Civil Veterinary Department. United Provinces 1923-31 - 1923-1931
Year: 1923
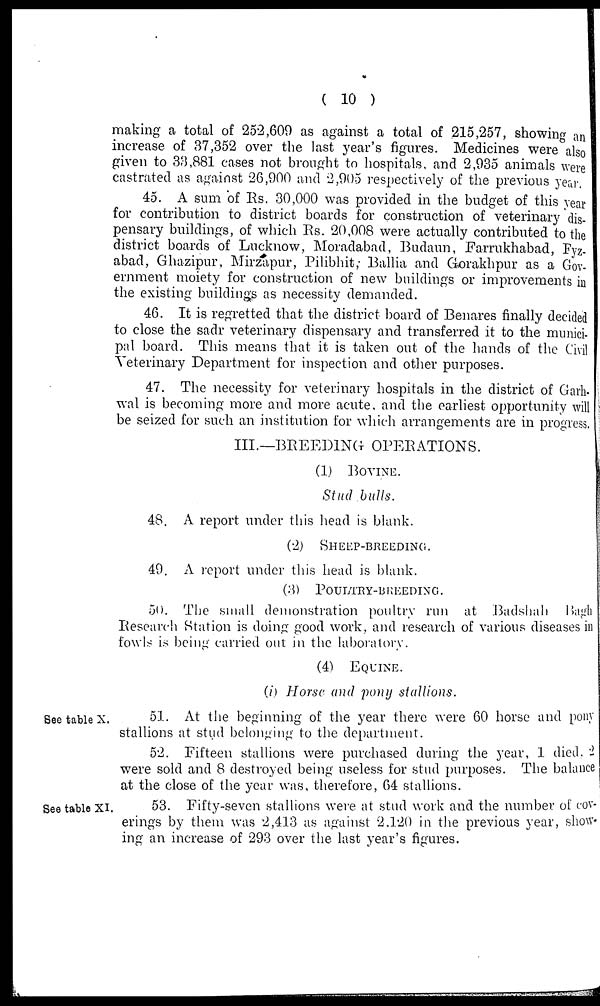
(10)
making a total of 252,609 as against a total of 215,257, showing an
increase of 37,352 over the last year's figures. Medicines were also
given to 33,881 cases not brought to hospitals, and 2,935 animals were
castrated as against 26,900 and 2,905 respectively of the previous year.
45. A sum of Rs. 30,000 was provided in the budget of this year
for contribution to district boards for construction of veterinary dis-
pensary buildings, of which Rs. 20,008 were actually contributed to the
district boards of Lucknow, Moradabad, Budaun, Farrukhabad, Fyz-
abad, Ghazipur, Mirzapur, Pilibhit, Ballia and Gorakhpur as a Gov-
ernment moiety for construction of new buildings or improvements in
the existing buildings as necessity demanded.
46. It is regretted that the district board of Benares finally decided
to close the sadr veterinary dispensary and transferred it to the munici-
pal board. This means that it is taken out of the hands of the Civil
Veterinary Department for inspection and other purposes.
47. The necessity for veterinary hospitals in the district of Garh-
wal is becoming more and more acute, and the earliest opportunity will
be seized for such an institution for which arrangements are in progress.
III.—BREEDING OPERATIONS.
(1) BOVINE.
Stud bulls.
48. A report under this head is blank.
(2) SHEEP-BREEDING.
49. A report under this head is blank.
(3) POULTRY-BREEDING.
50. The small demonstration poultry run at Badshah Bagh
Research Station is doing good work, and research of various diseases in
fowls is being carried out in the laboratory.
(4) EQUINE.
(i) Horse and pony stallions.
See table X.
51. At the beginning of the year there were 60 horse and pony
stallions at stud belonging to the department.
52. Fifteen stallions were purchased during the year, 1 died, 2
were sold and 8 destroyed being useless for stud purposes. The balance
at the close of the year was, therefore, 64 stallions.
See table XI.
53. Fifty-seven stallions were at stud work and the number of cov-
erings by them was 2,413 as against 2.120 in the previous year, show-
ing an increase of 293 over the last year's figures.